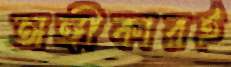
অঙ্গীকারই